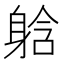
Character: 𮜹